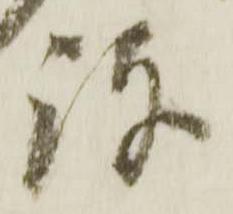
弥